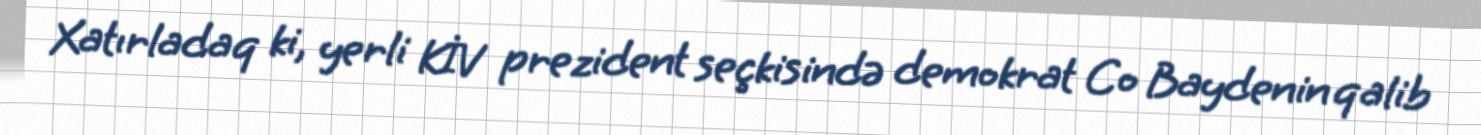
Xatırladaq ki, yerli KİV prezident seçkisində demokrat Co Baydenin qalib